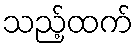
သည့်ထက်